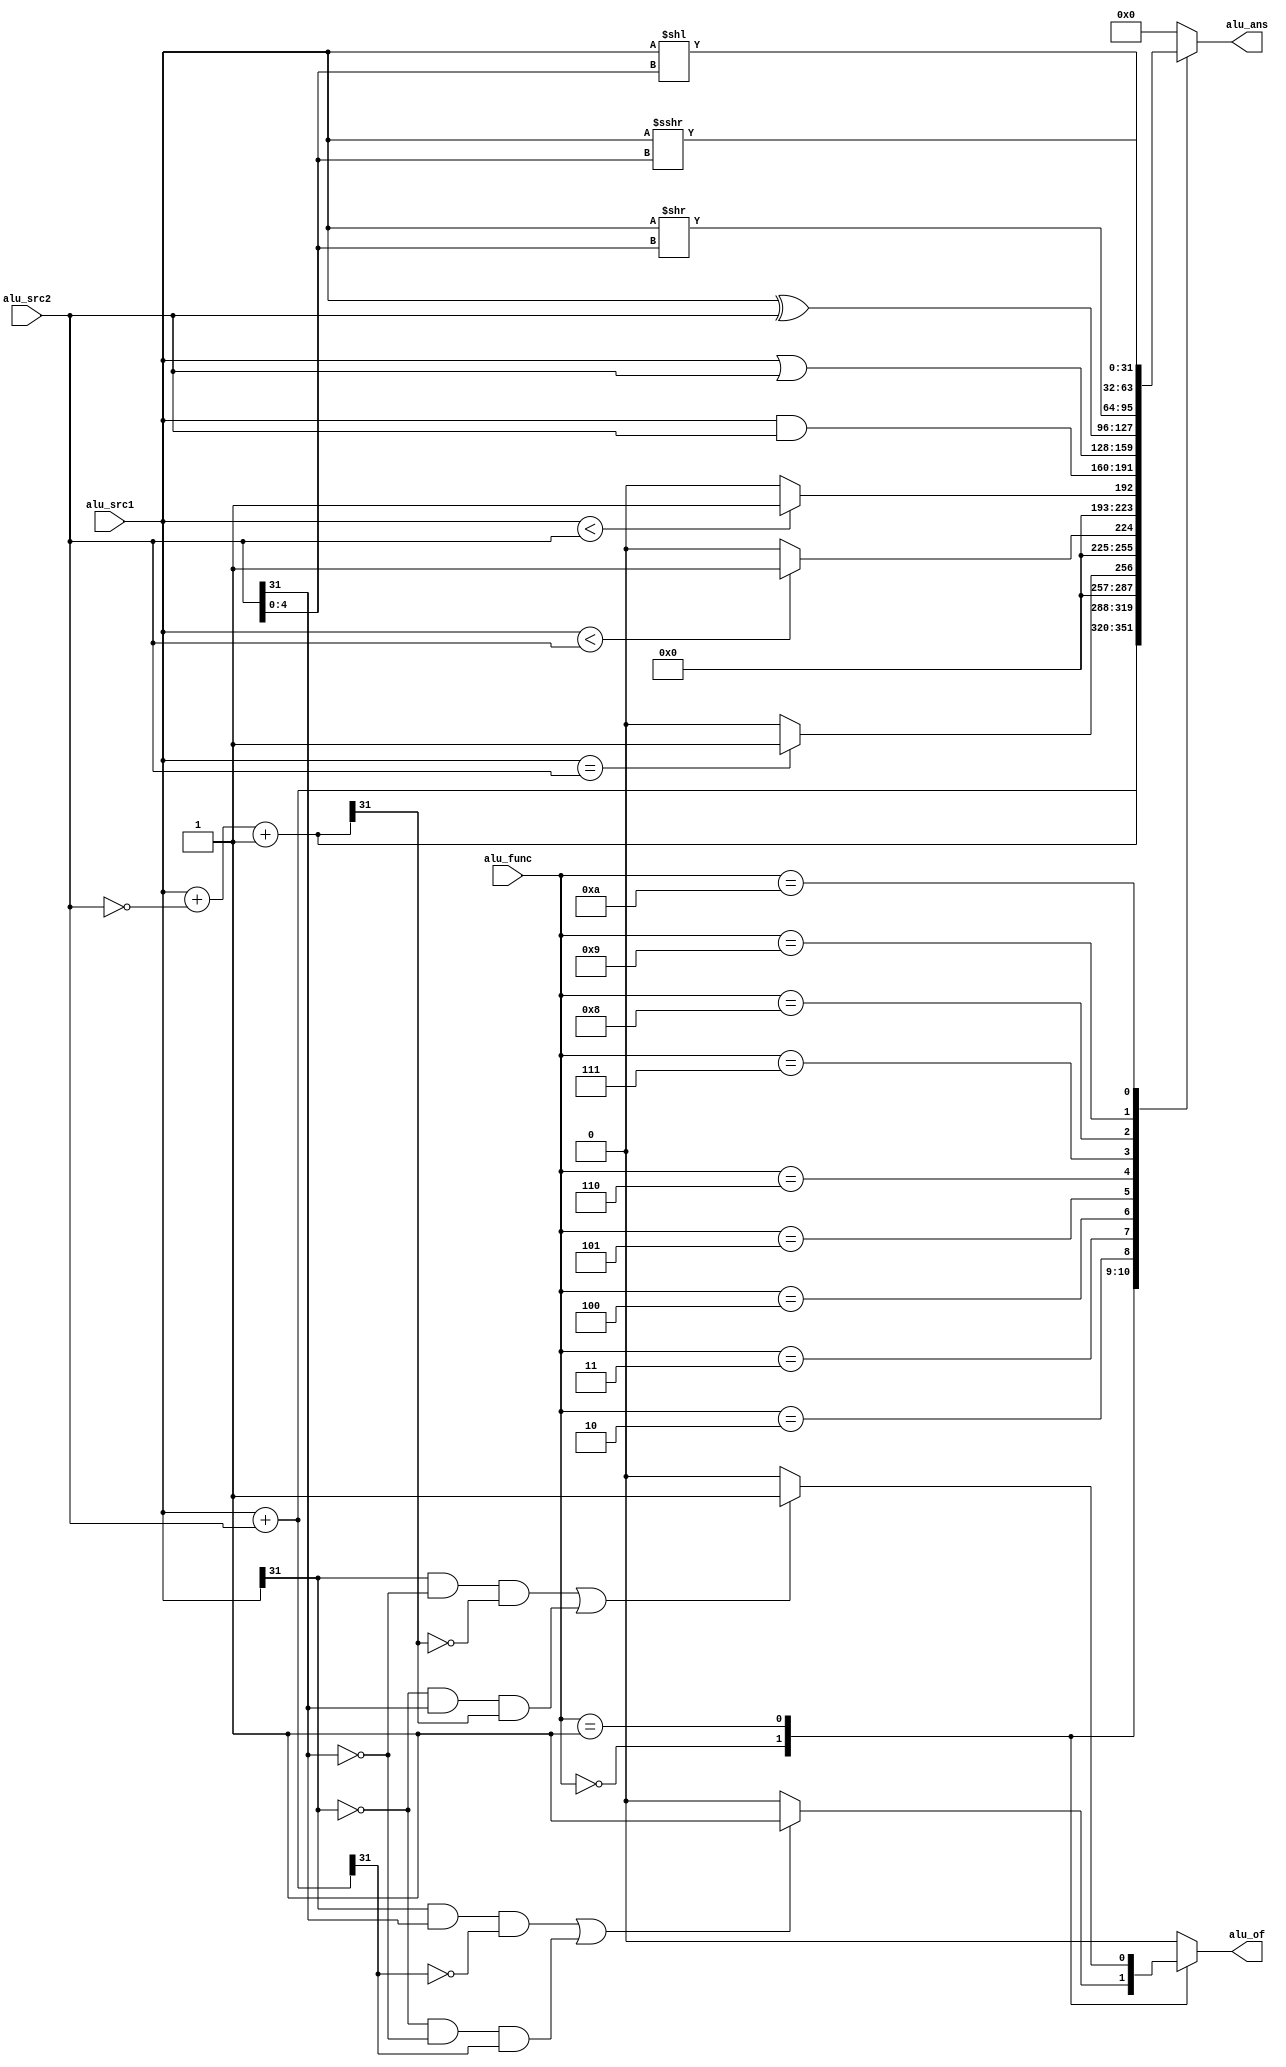
module ALU #(parameter WIDTH = 32) //
(
input [WIDTH-1:0] alu_src1, alu_src2, //a
input [3:0] alu_func, //
output [WIDTH-1:0] alu_ans, // 
output alu_of //of1
);
    reg [WIDTH-1:0] yreg;
    reg ofreg;
    always @(*) begin
        yreg=0;
        ofreg=0;
        case (alu_func)
            4'b0000:begin
                yreg=alu_src1+alu_src2;
                if((alu_src1[WIDTH-1]&alu_src2[WIDTH-1]&~yreg[WIDTH-1])|(~alu_src1[WIDTH-1]&~alu_src2[WIDTH-1]&yreg[WIDTH-1]))
                    ofreg=1;
            end
            4'b0001:begin
                yreg=alu_src1+~alu_src2+1;
                if((alu_src1[WIDTH-1]&~alu_src2[WIDTH-1]&~yreg[WIDTH-1])|(~alu_src1[WIDTH-1]&alu_src2[WIDTH-1]&yreg[WIDTH-1]))
                    ofreg=1;
            end
            4'b0010:begin
                if(alu_src1==alu_src2)
                    yreg=1;
            end
            4'b0011:begin
                if(alu_src1<alu_src2)
                    yreg=1;
            end
            4'b0100:begin
                if($signed(alu_src1)<$signed(alu_src2))
                    yreg=1;
            end
            4'b0101:begin
                yreg=alu_src1&alu_src2;
            end
            4'b0110:begin
                yreg=alu_src1|alu_src2;
            end
            4'b0111:begin
                yreg=alu_src1^alu_src2;
            end
            4'b1000:begin   //IMM[4:0]
                yreg=alu_src1>>alu_src2[4:0];
            end
            4'b1001:begin   //IMM[4:0]
                yreg=alu_src1<<alu_src2[4:0];
            end
            4'b1010:begin   //IMM[4:0]
                yreg=($signed(alu_src1))>>>alu_src2[4:0];
            end
            default:begin
                yreg=0;
                ofreg=0;
            end
        endcase
    end
    assign alu_ans=yreg;
    assign alu_of=ofreg;
endmodule